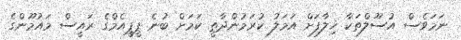
ނަމަވެސް އުސޫލްތަކާ ޚިލާފަށް އަމަލު ކުރަމުންދާތީ ކަމަށް ބުނެ ޕީޕީއެމްގެ ރައީސް މައުމޫންގެ